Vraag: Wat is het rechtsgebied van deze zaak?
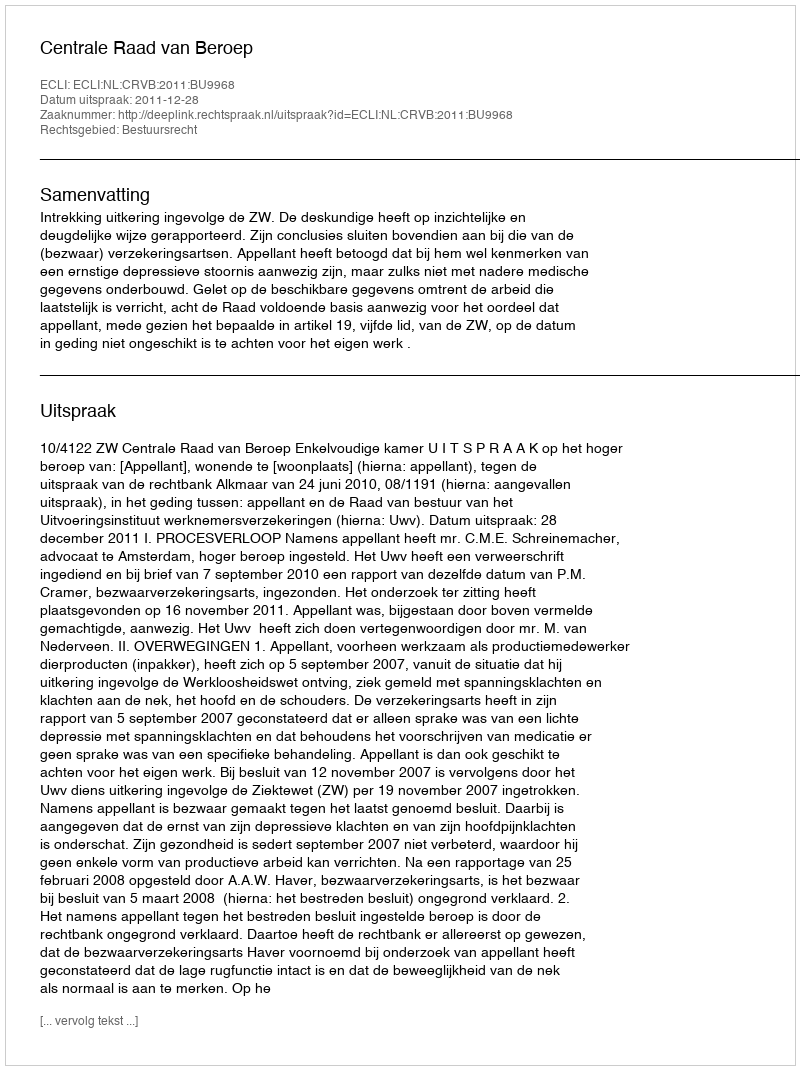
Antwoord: Bestuursrecht